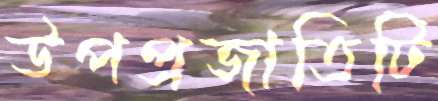
উপপ্রজাতিটি